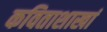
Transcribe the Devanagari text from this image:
कविताशाखां